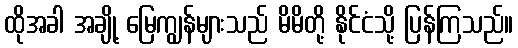
ထိုအခါ အချို့ မြေကျွန်များသည် မိမိတို့ နိုင်ငံသို့ ပြန်ကြသည်။